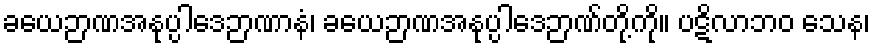
ခယေဉာဏအနုပ္ပါဒေဉာဏာနံ၊ ခယေဉာဏအနုပ္ပါဒေဉာဏ်တို့ကို။ ပဋိလာဘဝ သေန၊